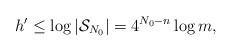
LaTeX: \begin{align*} h' \leq \log |\mathcal{S}_{N_0}| = 4^{N_0-n} \log m,\end{align*}